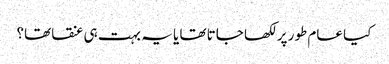
کیا عام طور پر لکھا جاتا تھا یا یہ بہت ہی عنقا تھا؟